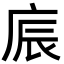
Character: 𢈫